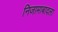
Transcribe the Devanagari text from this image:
निजामाबादला